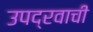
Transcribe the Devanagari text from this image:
उपद्रवाची